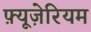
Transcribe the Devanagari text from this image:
फ़्यूज़ेरियम